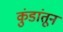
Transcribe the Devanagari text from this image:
कुंडांतून